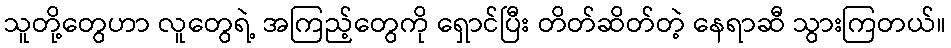
သူတို့တွေဟာ လူတွေရဲ့ အကြည့်တွေကို ရှောင်ပြီး တိတ်ဆိတ်တဲ့ နေရာဆီ သွားကြတယ်။